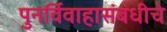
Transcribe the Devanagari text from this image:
पुनर्विवाहासंबंधीचे